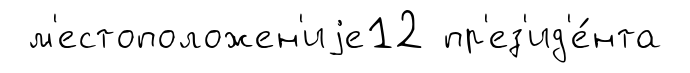
м'естоположен'иjе12 пр'ез'ид'е́нта